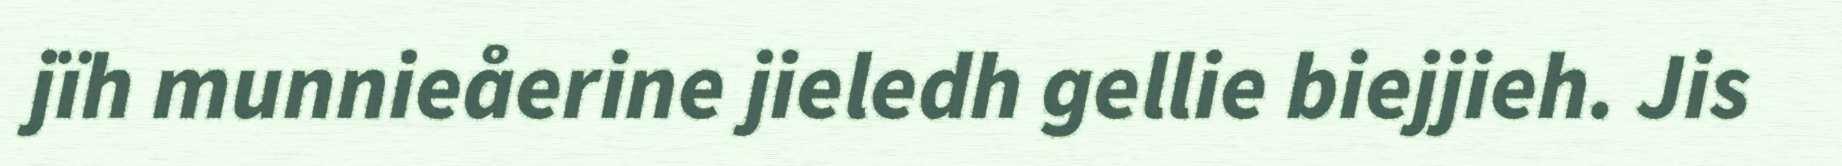
jïh munnieåerine jieledh gellie biejjieh. Jis